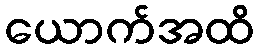
ယောက်အထိ